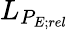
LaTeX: L_{P_{E;rel}}